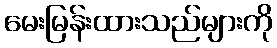
မေးမြန်းထားသည်များကို